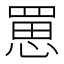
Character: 罳